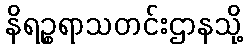
နိရဉ္စရာသတင်းဌာနသို့